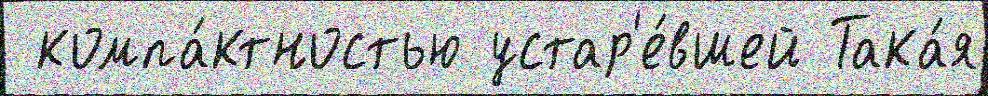
 компа́ктностью устар'е́вшей Така́я